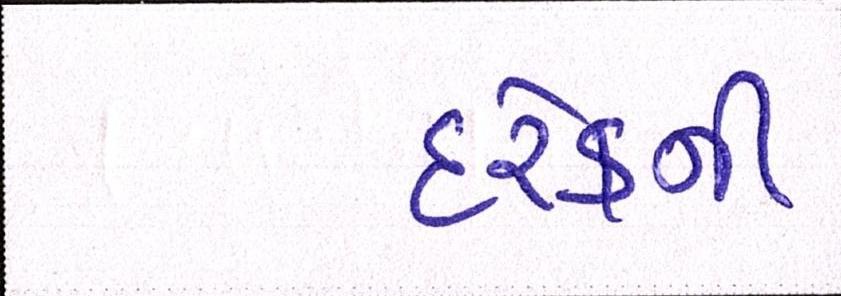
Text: દરેકની